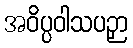
အဝိပ္ပဝါသပဉှာ